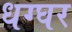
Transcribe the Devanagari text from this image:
धग्घर